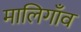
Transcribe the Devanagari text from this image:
मालिगाँव